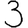
Digit: 3